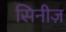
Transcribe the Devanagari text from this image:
सिनीज़